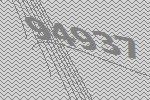
94937